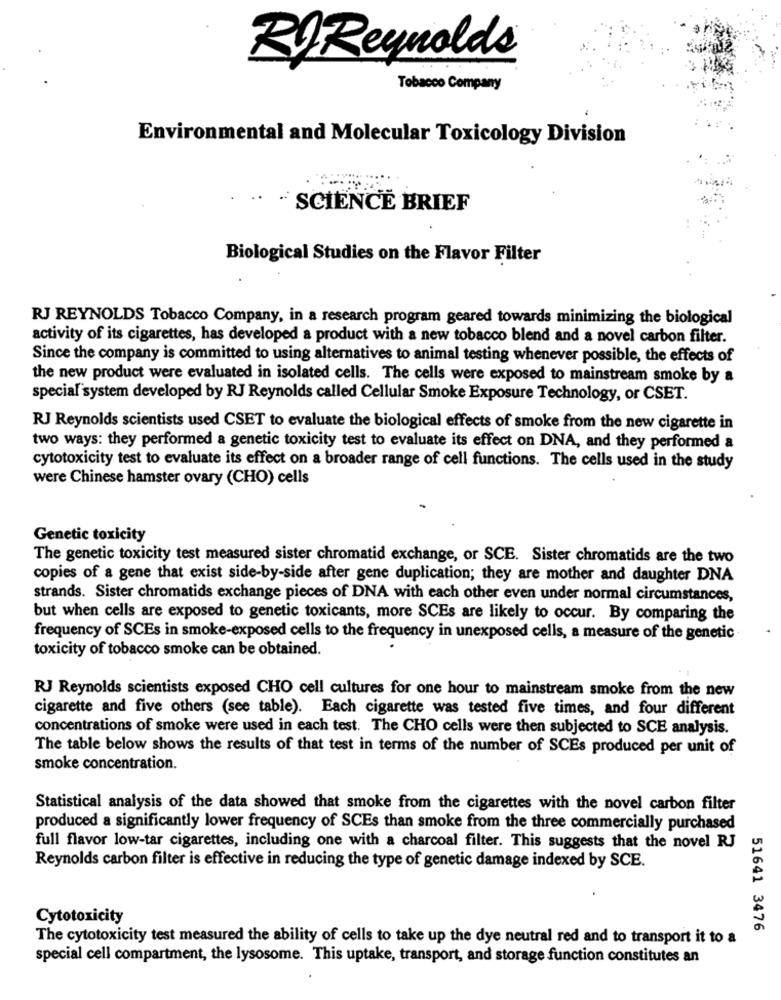
Rf Reynolds
Tobacco Company
Environmental and Molecular Toxicology Division
· SCIENCE BRIEF
Biological Studies on the Flavor Filter
RJ REYNOLDS Tobacco Company, in a research program geared towards minimizing the biological
activity of its cigarettes, has developed a product with a new tobacco blend and a novel carbon filter.
Since the company is committed to using alternatives to animal testing whenever possible, the effects of
the new product were evaluated in isolated cells. The cells were exposed to mainstream smoke by a
special system developed by RJ Reynolds called Cellular Smoke Exposure Technology, or CSET.
RJ Reynolds scientists used CSET to evaluate the biological effects of smoke from the new cigarette in
two ways: they performed a genetic toxicity test to evaluate its effect on DNA, and they performed a
cytotoxicity test to evaluate its effect on a broader range of cell functions. The cells used in the study
were Chinese hamster ovary (CHO) cells
Genetic toxicity
The genetic toxicity test measured sister chromatid exchange, or SCE. Sister chromatids are the two
copies of a gene that exist side-by-side after gene duplication; they are mother and daughter DNA
strands. Sister chromatids exchange pieces of DNA with each other even under normal circumstances,
but when cells are exposed to genetic toxicants, more SCEs are likely to occur. By comparing the
frequency of SCEs in smoke-exposed cells to the frequency in unexposed cells, a measure of the genetic
toxicity of tobacco smoke can be obtained.
RJ Reynolds scientists exposed CHO cell cultures for one hour to mainstream smoke from the new
cigarette and five others (see table). Each cigarette was tested five times, and four different
concentrations of smoke were used in each test. The CHO cells were then subjected to SCE analysis.
The table below shows the results of that test in terms of the number of SCEs produced per unit of
smoke concentration.
Statistical analysis of the data showed that smoke from the cigarettes with the novel carbon filter
produced a significantly lower frequency of SCEs than smoke from the three commercially purchased
full flavor low-tar cigarettes, including one with a charcoal filter. This suggests that the novel RJ
Reynolds carbon filter is effective in reducing the type of genetic damage indexed by SCE.
Cytotoxicity
51641 3476
The cytotoxicity test measured the ability of cells to take up the dye neutral red and to transport it to a
special cell compartment, the lysosome. This uptake, transport, and storage function constitutes an